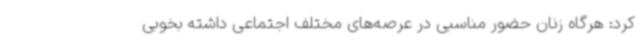
کرد: هرگاه زنان حضور مناسبی در عرصه‌های مختلف اجتماعی داشته بخوبی